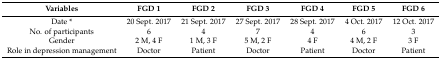
<table><thead><tr><td><b>Variables</b></td><td><b>FGD 1</b></td><td><b>FGD 2</b></td><td><b>FGD 3</b></td><td><b>FGD 4</b></td><td><b>FGD 5</b></td><td><b>FGD 6</b></td></tr></thead><tbody><tr><td>Date *</td><td>20 Sept. 2017</td><td>21 Sept. 2017</td><td>27 Sept. 2017</td><td>28 Sept. 2017</td><td>4 Oct. 2017</td><td>12 Oct. 2017</td></tr><tr><td>No. of participants</td><td>6</td><td>4</td><td>7</td><td>4</td><td>6</td><td>3</td></tr><tr><td>Gender</td><td>2 M, 4 F</td><td>1 M, 3 F</td><td>5 M, 2 F</td><td>4 F</td><td>4 M, 2 F</td><td>3 F</td></tr><tr><td>Role in depression management</td><td>Doctor</td><td>Patient</td><td>Doctor</td><td>Patient</td><td>Doctor</td><td>Patient</td></tr></tbody></table>